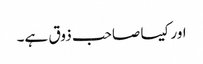
اور کیسا صاحب ذوق ہے۔